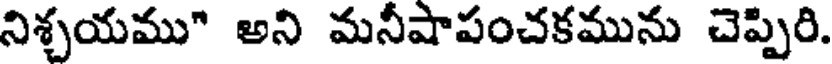
నిశ్చయము" అని మనీషాపంచకమును చెప్పిరి.